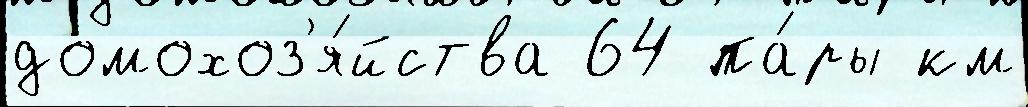
домохоз'я́йства 64 па́ры км